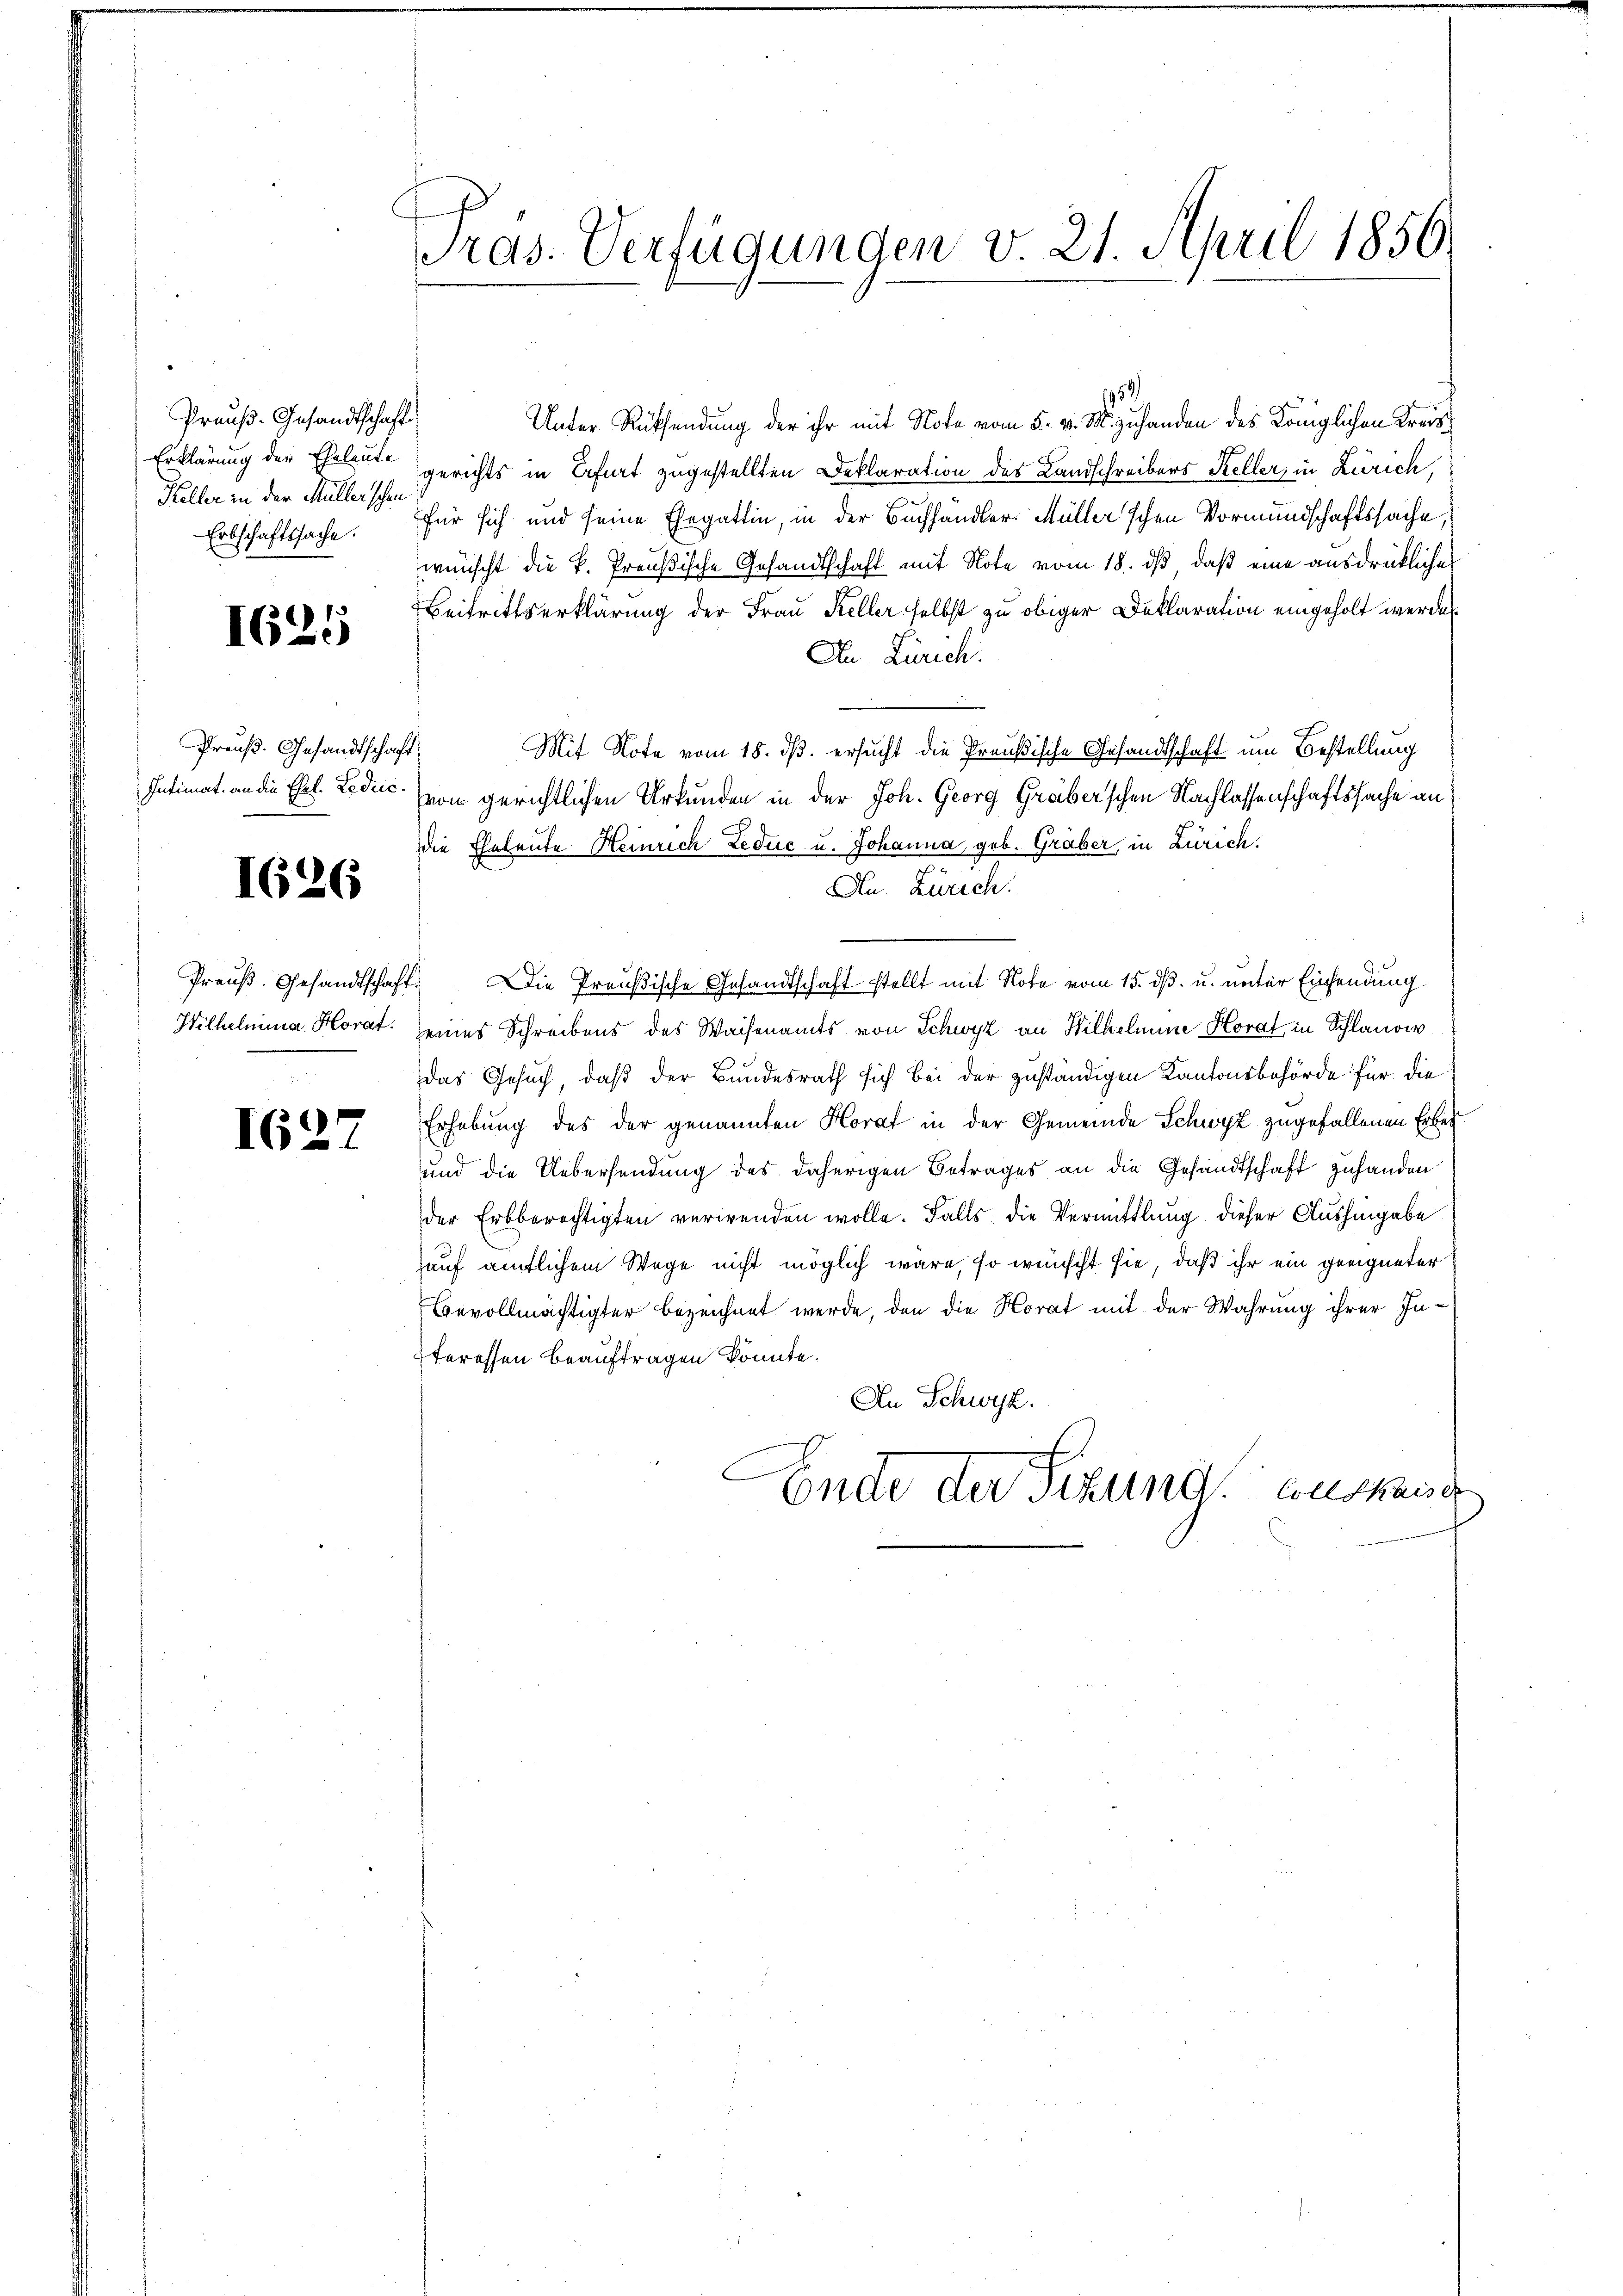
Prauß-Gesandtschaft
Erklärung der Eheleute
Keller in der Müller schon
Erbschaftssache.

I625

Preuß. Gesandtschaft
Intimat. an die Ehel. Ledric

I626

Preuß. Gesandtschaft
Wilhelmina Horat.

)
I 21

Pras. Verfügungen v. 21. April 1856.

1959
Unter Rücksendung der ihr mit Note vom 5. v. M. zuhanden des Königlichen Kreisgerichts in Erfurt zugestellten Deklaration des Landschreibers Keller, in Zürich,
für sich und seine Ehegattin, in der Buchhandler. Müller'schen Vormundschaftssache,
wünscht die k. Preußische Gesandtschaft mit Note vom 18. ds, daß eine ausdrückliches
Beitrittserklärung der Frau Keller selbst zu obiger Deklaration eingeholt werden
An Zürich.
Mit Note vom 18. ds. ersucht die Preußische Gesandtschaft um Bestellung
von gerichtlichen Urkunden in der Joh. Georg Gräberschen Nachlassenschaftssache an
die Eheleute Heinrich Leduc u. Johanna, geb. Graber, in Zürich.
An Zürich.
Die Preußische Gesandtschaft stellt mit Note vom 15. dß. u. unter Einsendung
seines Schreibens des Waisenamts von Schwyz an Wilhelmine Horat in Schlanow
das Gesuch, daß der Bundesrath sich bei der zuständigen Kantonsbehörde für die
Erhebung des der genannten Horat in der Gemeinde Schwyz zugefallenen Erbei¬
und die Uebersendung des daherigen Betrages an die Gesandtschaft zuhanden
der Erbberechtigten verwenden wolle. Falls die Vermittlung dieser Aushingabe
auf amtlichem Wege nicht möglich wäre, so wünscht sie, daß ihr ein geeigneter
Bevollmächtigter bezeichnet werde, den die Horat mit der Wahrung ihrer Interessen beauftragen könnte.
An Schwyz.
Ende der Fizung Consende